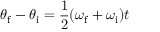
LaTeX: \theta _ { \mathrm { f } } - \theta _ { \mathrm { i } } = { \frac { 1 } { 2 } } ( \omega _ { \mathrm { f } } + \omega _ { \mathrm { i } } ) t